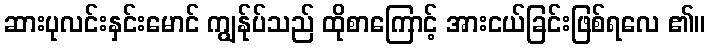
ဆားပုလင်းနှင်းမောင် ကျွန်ုပ်သည် ထိုစာကြောင့် အားငယ်ခြင်းဖြစ်ရလေ ၏။